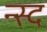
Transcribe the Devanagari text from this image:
न्स्द